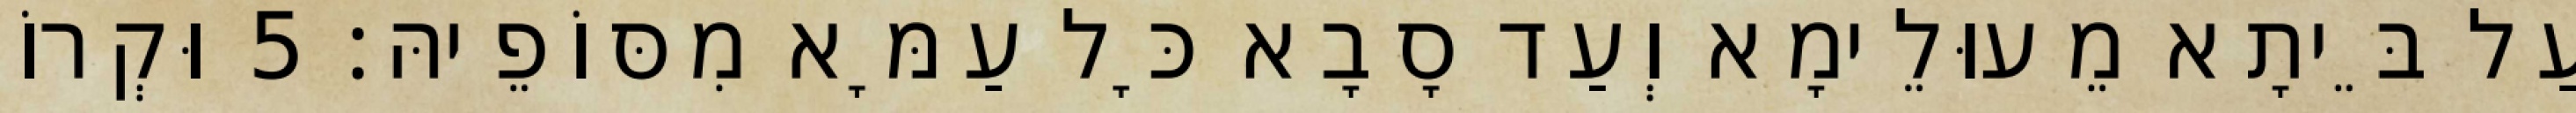
עַל בֵּיתָא מֵעוּלֵימָא וְעַד סָבָא כָּל עַמָּא מִסּוֹפֵיהּ׃ 5 וּקְרוֹ